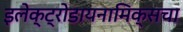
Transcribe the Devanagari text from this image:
इलेक्ट्रोडायनामिक्सचा